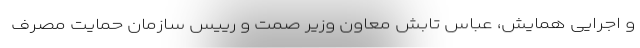
و اجرایی همایش، عباس تابش معاون وزیر صمت و رییس سازمان حمایت مصرف